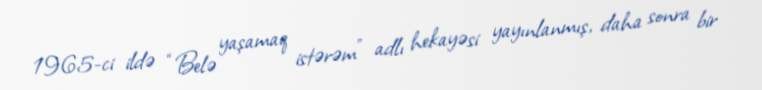
1965-ci ildə “Belə yaşamaq istərəm” adlı hekayəsi yayınlanmış, daha sonra bir